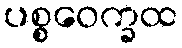
ပစ္စဝေက္ခထ